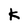
Character: K